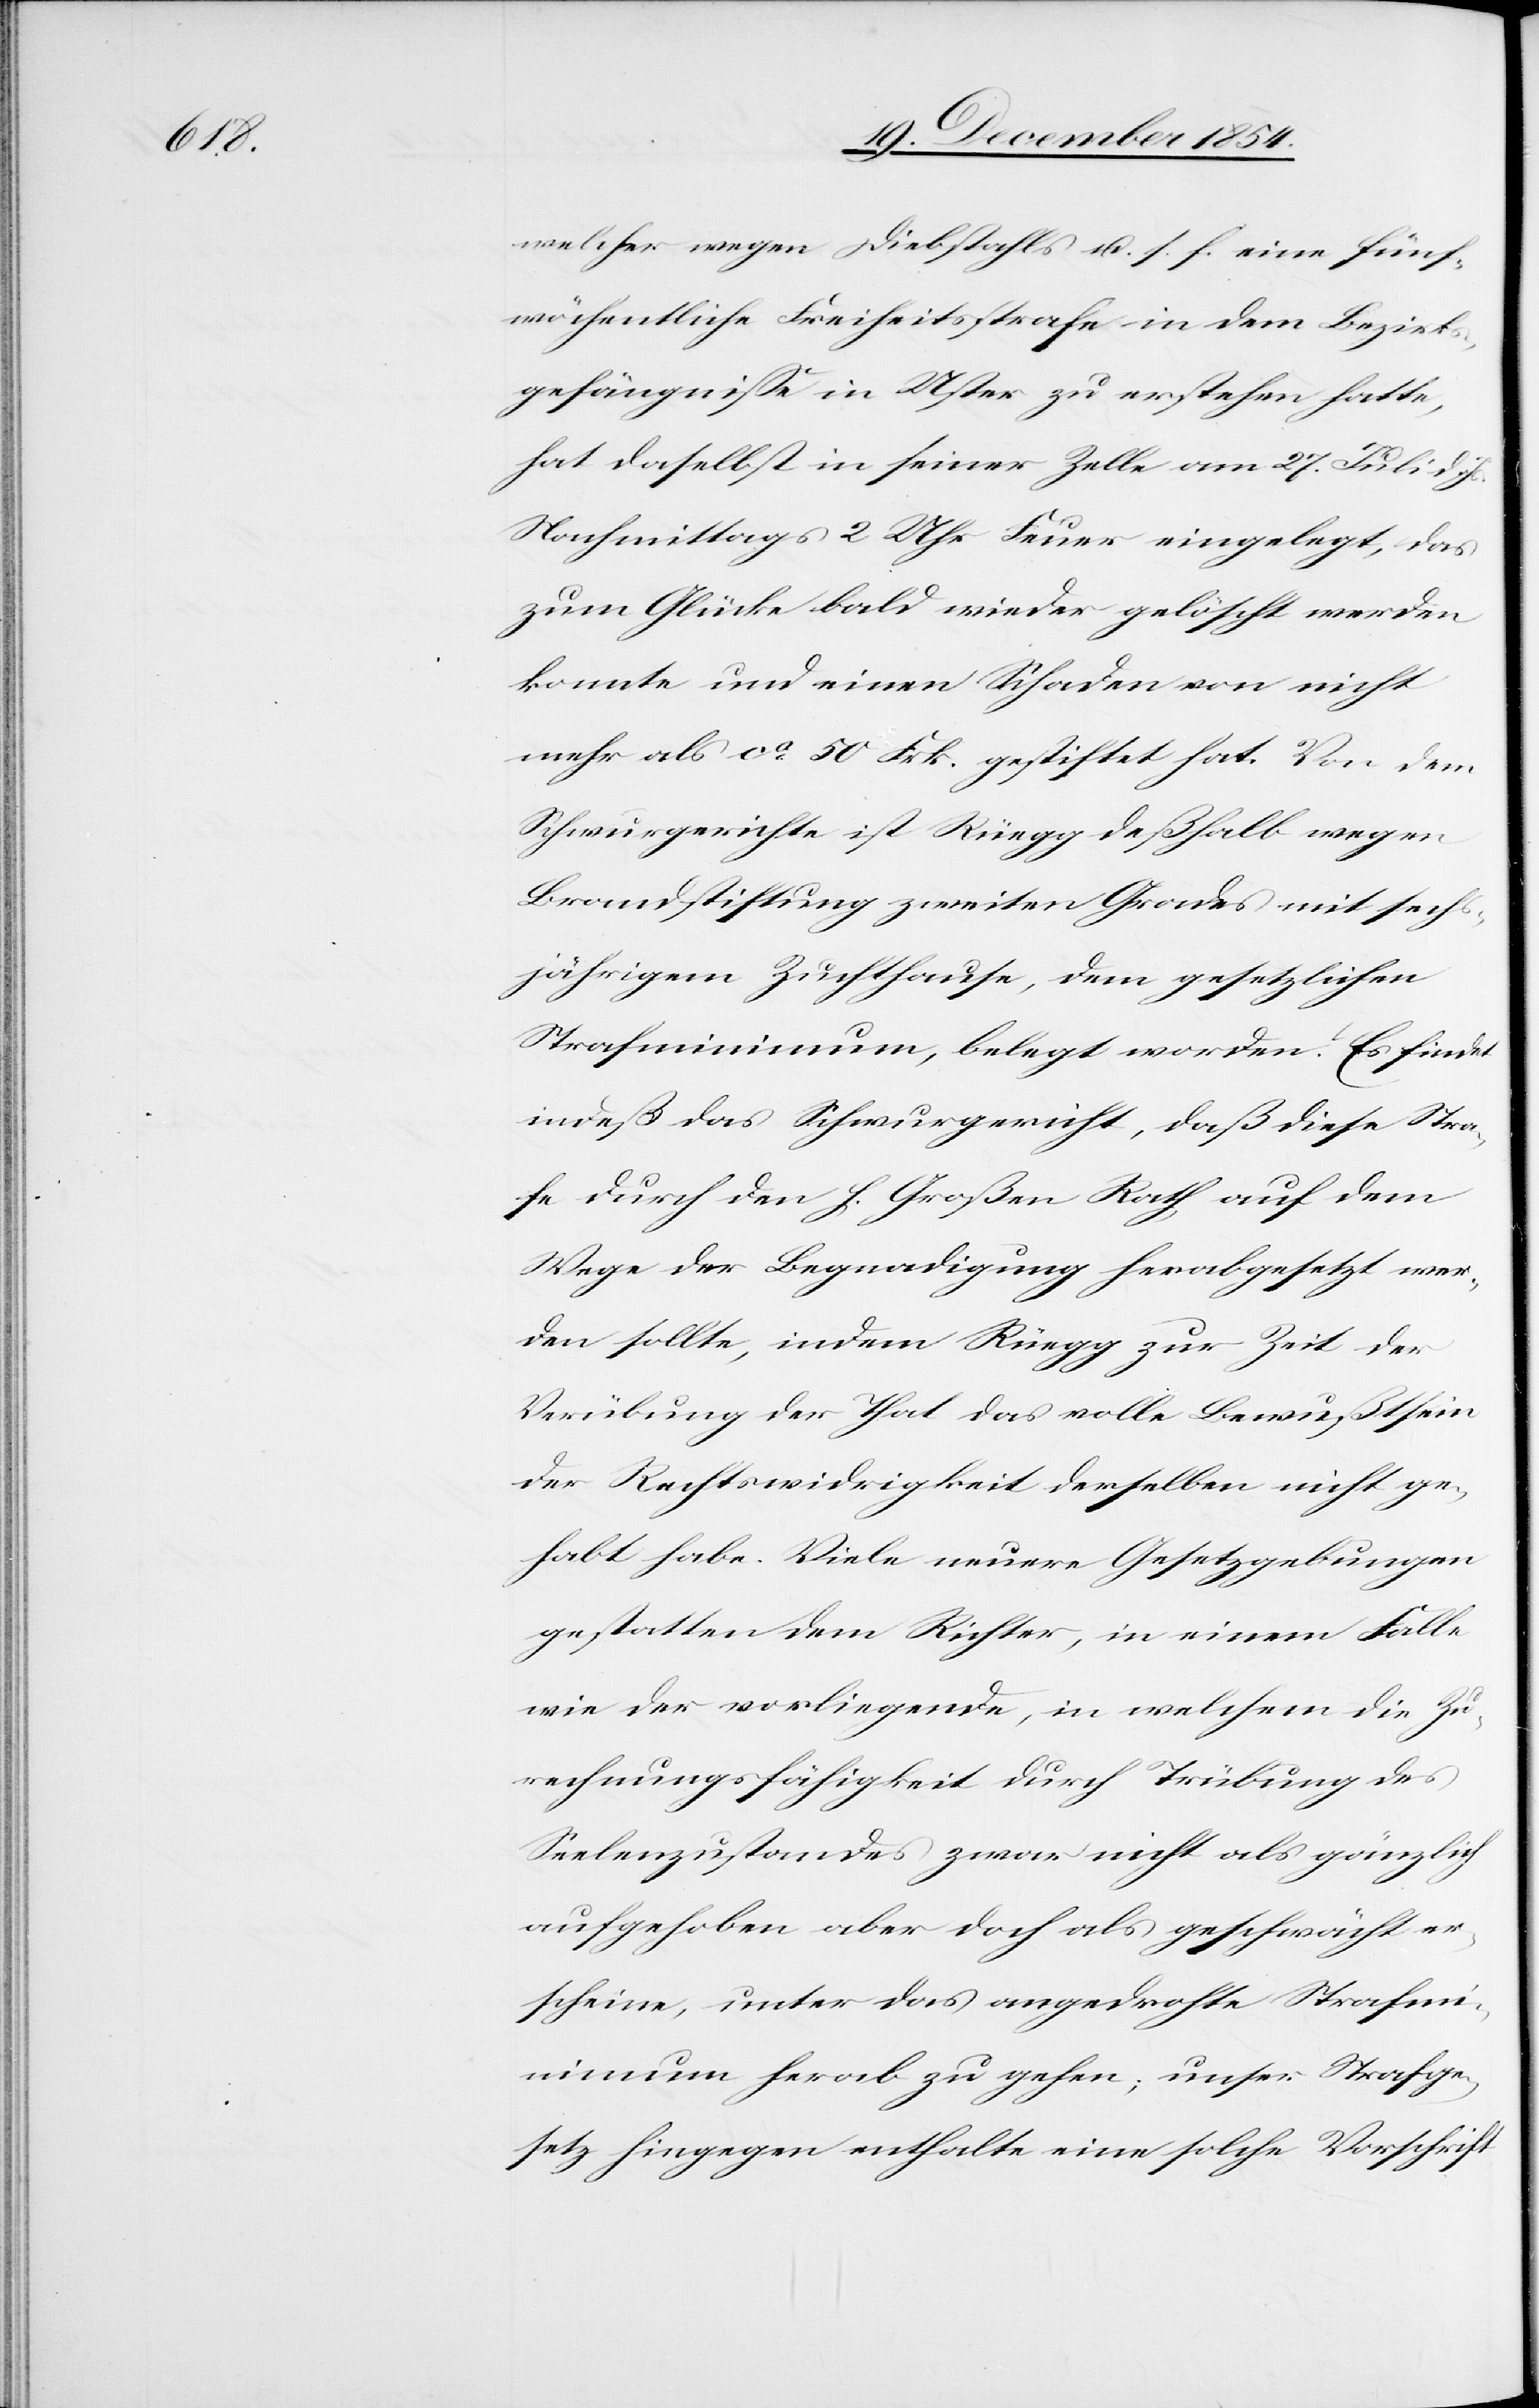
welcher wegen Diebstahls u. s. f. eine fünf¬
wöchentliche Freiheitsstrafe in dem Bezirks¬
gefängniße in Uster zu erstehen hatte,
hat daselbst in seiner Zelle am 27. Juli d.
Nachmittags 2 Uhr Feuer eingelegt, das
zum Glücke bald wieder gelöscht werden
konnte und einen Schaden von nicht
mehr als ca 50 Frk. gestiftet hat. Von dem
Schwurgerichte ist Rüegg deßhalb wegen
Brandstiftung zweiten Grades mit sech¬
sjährigem Zuchthause, dem gesetzlichen
Strafminimum, belegt worden. Es findet
indeß das Schwurgericht, daß diese Stra¬
fe durch den h. Großen Rath auf dem
Wege der Begnadigung herabgesetzt wer¬
den sollte, indem Rüegg zur Zeit der
Verübung der That das volle Bewußtsein
der Rechtswidrigkeit derselben nicht ge¬
habt habe. Viele neuere Gesetzgebungen
gestatten dem Richter, in einem Falle
wie der vorliegende, in welchem die Zu¬
rechnungsfähigkeit durch Trübung des
Seelenzustandes zwar nicht als gänzlich
aufgehoben aber doch als geschwächt er¬
scheine, unter das angedrohte Strafmi¬
nimum herab zu gehen; unser Strafge¬
setz hingegen enthalte eine solche Vorschrift